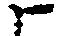
候